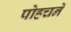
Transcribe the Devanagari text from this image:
पोहचने